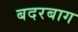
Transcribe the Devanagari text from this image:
बदरबाग